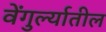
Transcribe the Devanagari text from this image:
वेंगुर्ल्यातील